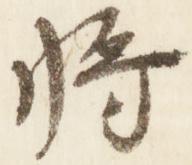
将